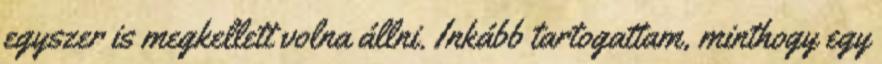
egyszer is megkellett volna állni. Inkább tartogattam, minthogy egy